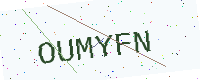
Text: OUMYFN